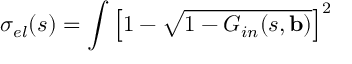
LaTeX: \sigma _ { e l } ( s ) = \int \left[ 1 - \sqrt { 1 - G _ { i n } ( s , \mathbf { b } ) } \right] ^ { 2 }